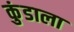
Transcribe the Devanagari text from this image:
कुंडाला